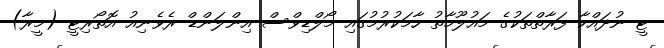
ޓީ ނުދައްކާ ފަރާތްތަކުގެ މައުލޫމާތު ހާމަކުރުމުގައި މޯލްޑިވްސް އިންލަންޑް ރެވެނިއު އޮތޯރިޓީ (މީރާ)